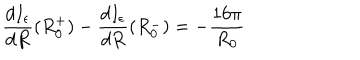
\frac { d I _ { \epsilon } } { d R } ( R _ { 0 } ^ { + } ) - \frac { d I _ { \epsilon } } { d R } ( R _ { 0 } ^ { - } ) = - \frac { 1 6 \pi } { R _ { 0 } }